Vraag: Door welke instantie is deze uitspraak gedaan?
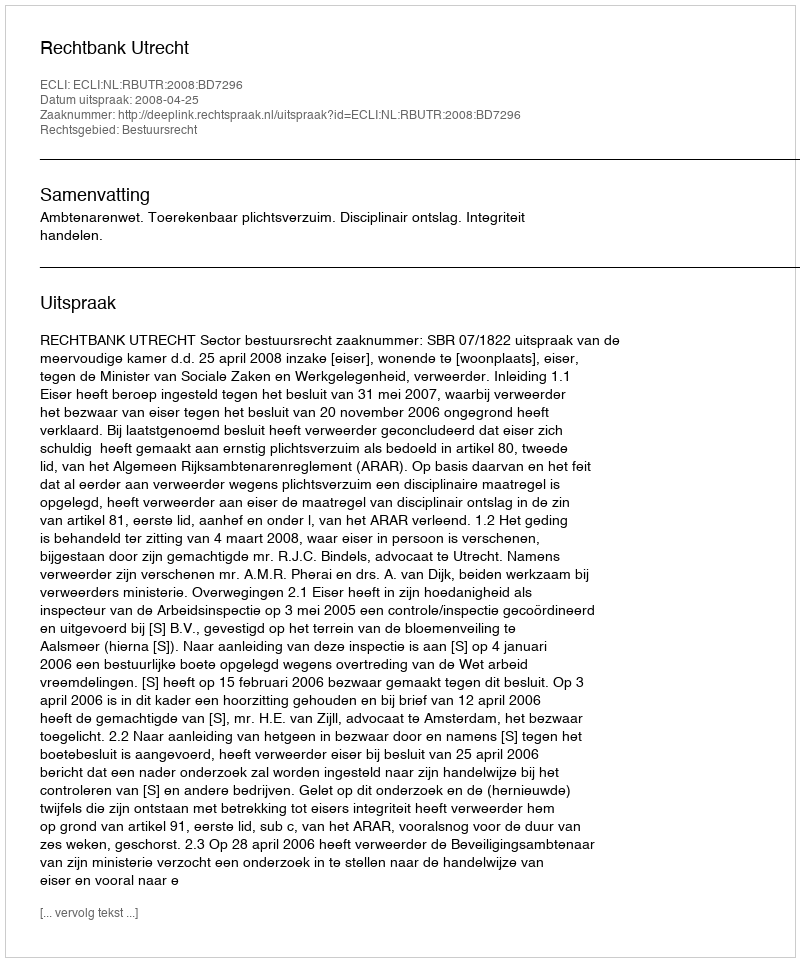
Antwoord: Rechtbank Utrecht